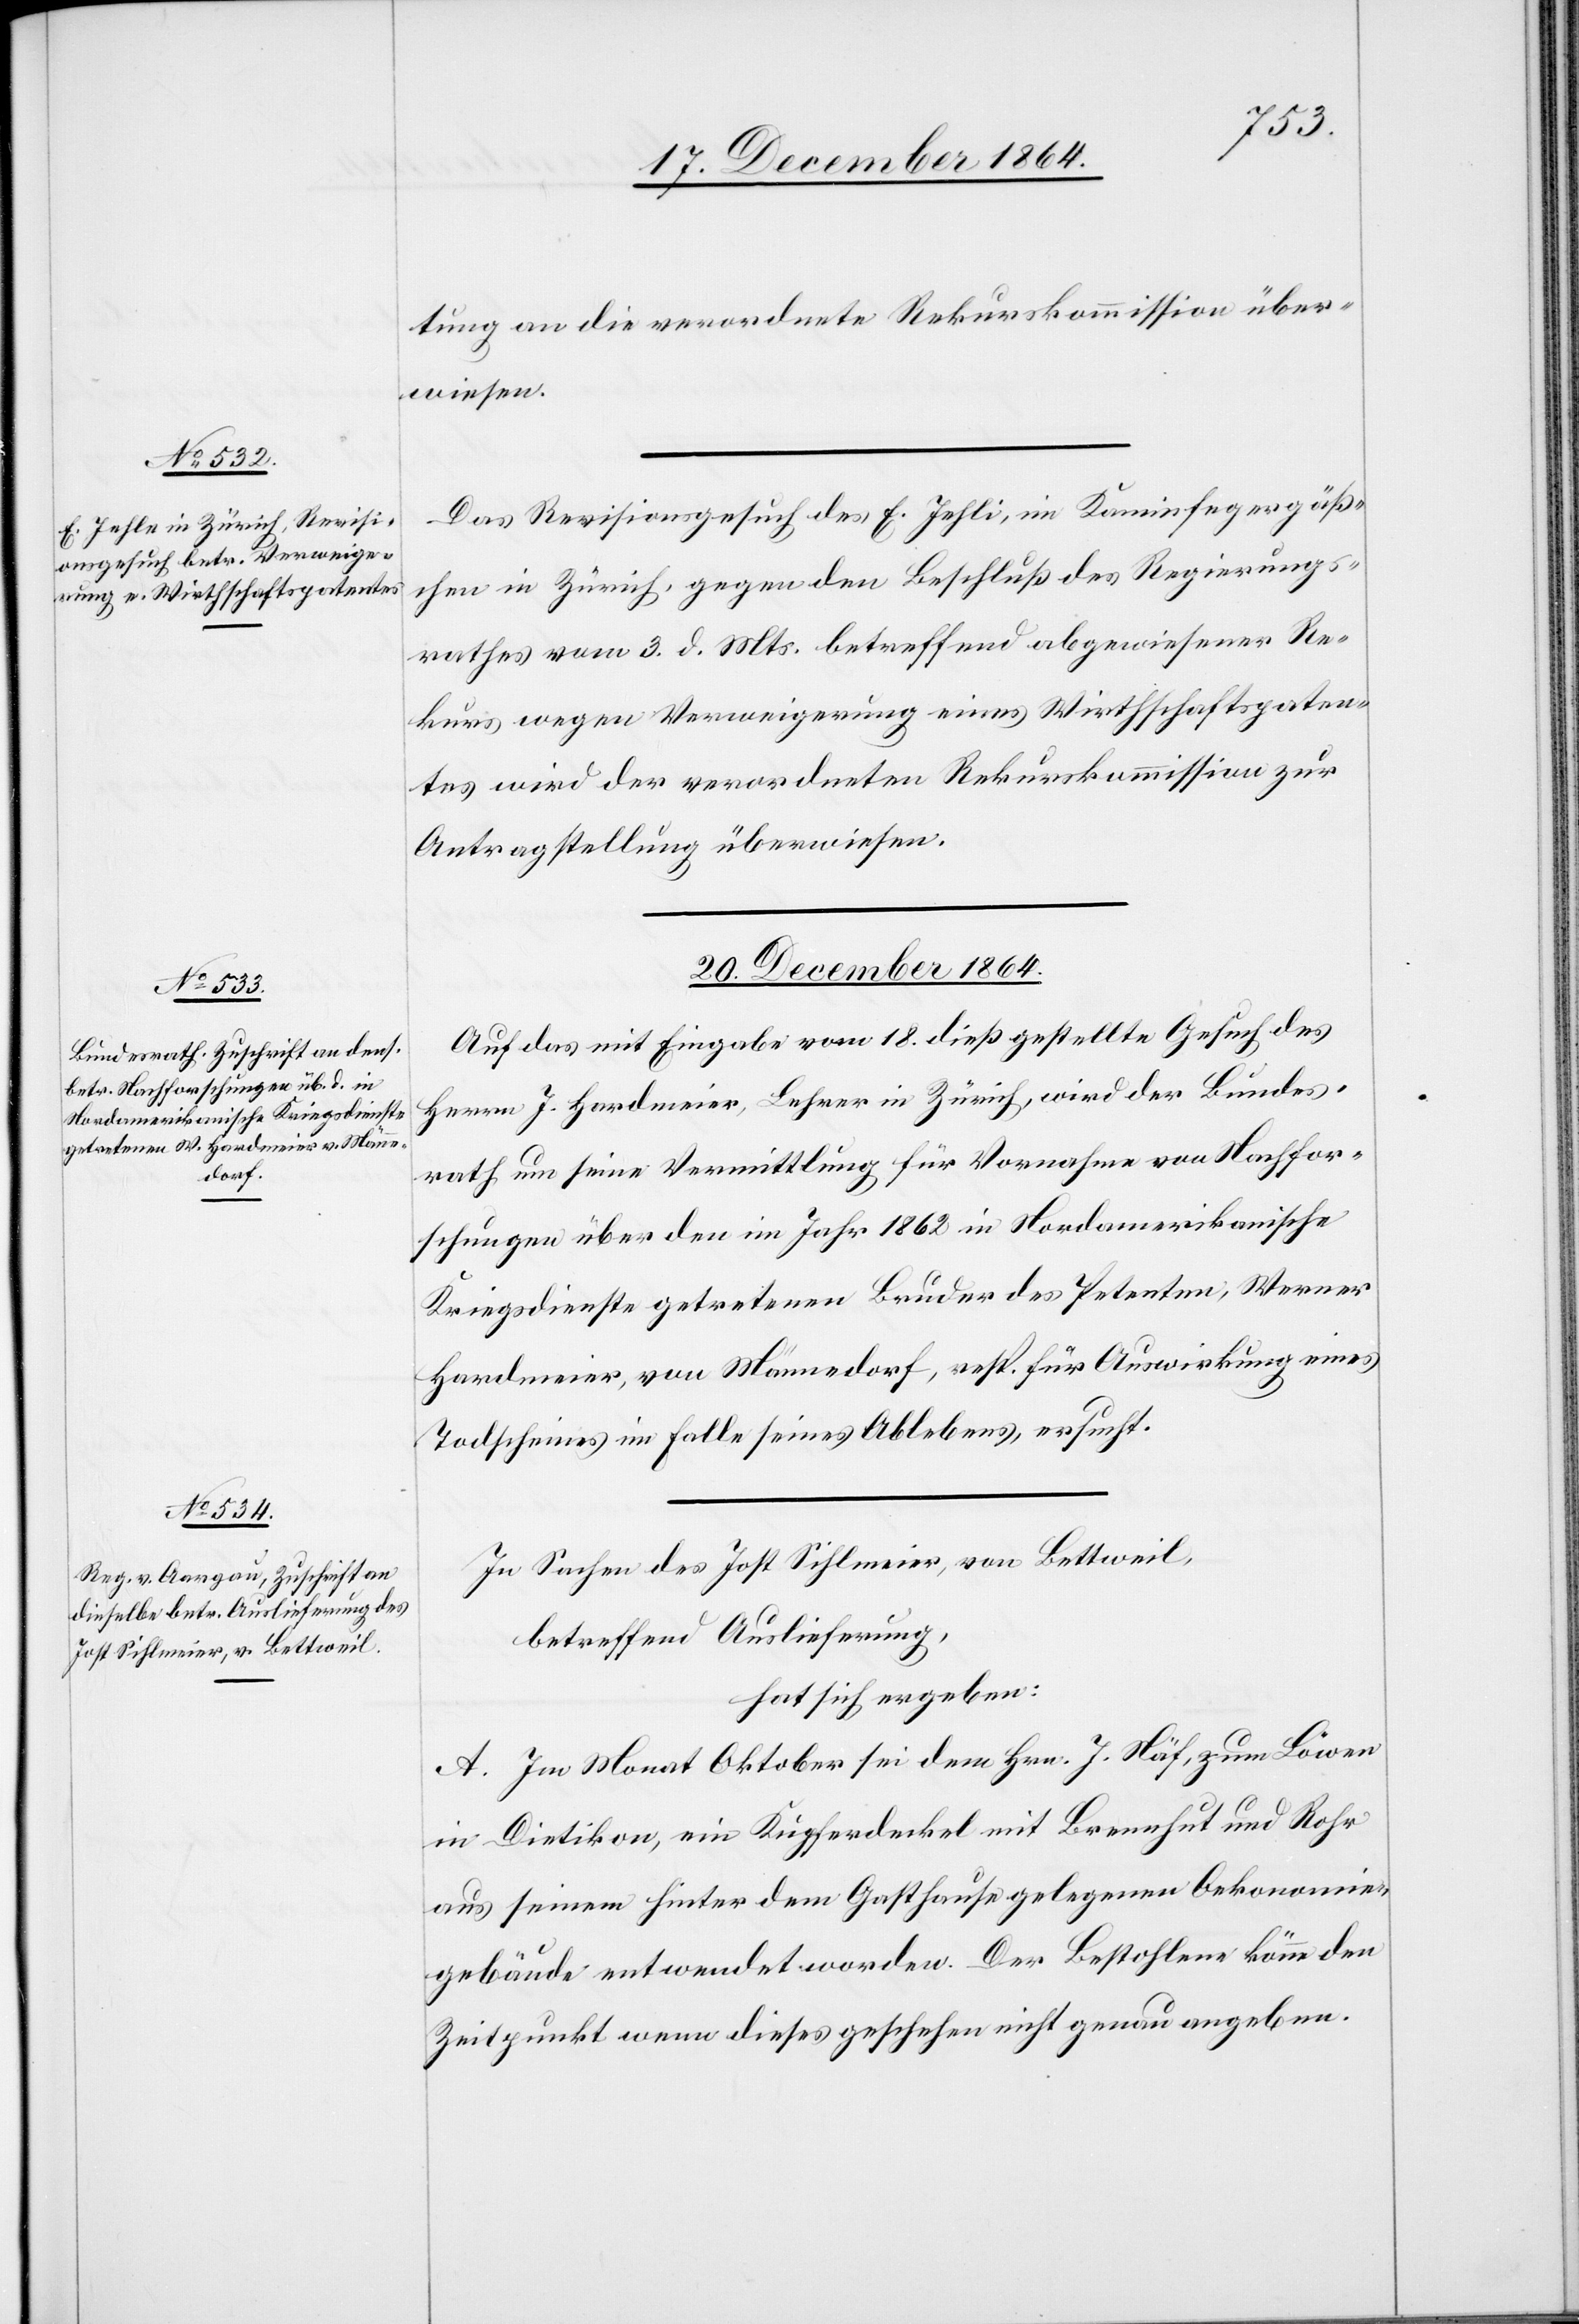
20. December 1864.]
tung an die verordneten Rekurskommission über¬
wiesen.
Das Revisionsgesuch des E. Jehli [sic!], im Kaminfegergäß¬
chen in Zürich, gegen den Beschluß des Regierungs¬
rathes vom 3. d. Mts. betreffend abgewiesener Re¬
kurs wegen Verweigerung eines Wirthschaftspaten¬
tes wird der verordneten Rekurskommission zur
Antragstellung überwiesen.
20. December 1864.
Auf das mit Eingabe vom 18. dieß gestellte Gesuch des
Herrn J. Hardmeier, Lehrer in Zürich, wird der Bundes¬
rath um seine Vermittlung für Vornahme von Nachfor¬
schungen über den im Jahr 1862 in Nordamerikanische
Kriegsdienste getretenen Bruder des Petenten, Werner
Hardmeier, von Männedorf, resp. für Auswirkung eines
Todscheines im Falle seines Ablebens ersucht.
In Sachen des Jost Sihlmeier, von Bettweil,
betreffend Auslieferung,
hat sich ergeben:
A. Im Monat Oktober sei dem Hrn. J. Näf, zum Löwen
in Dietikon, ein Kupferdeckel mit Brennhut und Rohr
aus seinem hinter dem Gasthause gelegenen Oekonomie¬
gebäude entwendet worden. Der Bestohlene könne den
Zeitpunkt wenn dieses geschehen nicht genau angeben.